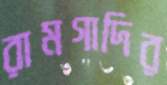
রামগাদির